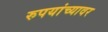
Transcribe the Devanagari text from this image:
रुपयांच्यावर